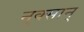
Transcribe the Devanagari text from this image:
नुक्सान्